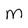
Character: M